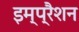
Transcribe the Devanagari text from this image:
इम्प्रैशन